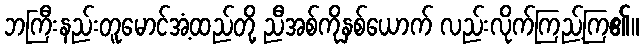
ဘကြီးနည်းတူမောင်အံ့ထည်တို့ ညီအစ်ကိုနှစ်ယောက် လည်းလိုက်ကြည့်ကြ၏။